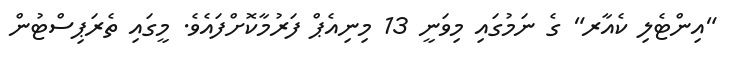
"އިންޓެލި ކެެއާރ" ގެ ނަމުގައި މިވަނީ 13 މިނިއެޕް ފަރުމާކޮށްފައެވެ. މީގައި ތެރަޕިސްޓުން